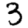
Digit: 3